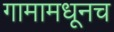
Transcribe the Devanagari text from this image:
गामामधूनच